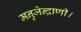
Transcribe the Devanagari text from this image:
मनुजेन्द्राणी।